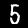
Label: 5